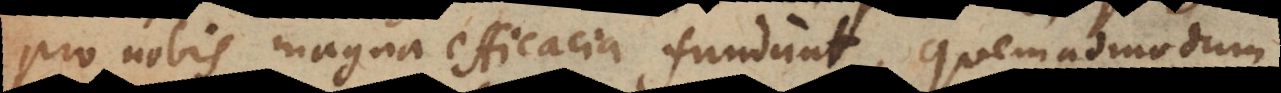
pro nobis magna efficacia fundunt, quemadmodum